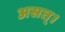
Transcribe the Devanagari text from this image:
असत्।